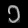
Digit: ၁